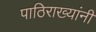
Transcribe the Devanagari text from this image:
पाठिराख्यांनी